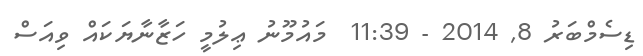
ޑިސެމްބަރު 8